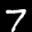
Digit: 7